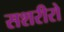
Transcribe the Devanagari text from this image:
सशरीरो